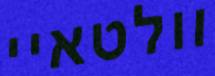
וולטאיי